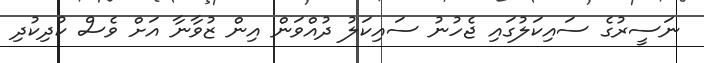
ނަސީރުގެ ސައިކަލުގައި ޖެހުނު ސައިކަލު ދުއްވަން އިން ޒުވާނާ އަށް ވެސް ކުދިކުދި